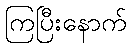
ကြပြီးနောက်